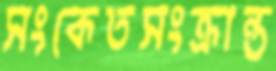
সংকেতসংক্রান্ত